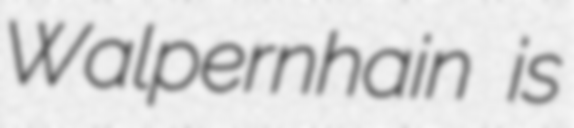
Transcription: Walpernhain is